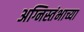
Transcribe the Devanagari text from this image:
अग्निस्तंभाच्या